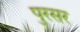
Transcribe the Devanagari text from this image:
पुरसर